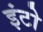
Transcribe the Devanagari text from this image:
इंटो